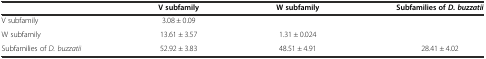
<table><thead><tr><td></td><td><b>V subfamily</b></td><td><b>W subfamily</b></td><td><b>Subfamilies of <i>D. buzzatii</i></b></td></tr></thead><tbody><tr><td>V subfamily</td><td>3.08 ± 0.09</td><td></td><td></td></tr><tr><td>W subfamily</td><td>13.61 ± 3.57</td><td>1.31 ± 0.024</td><td></td></tr><tr><td>Subfamilies of <i>D. buzzatii</i></td><td>52.92 ± 3.83</td><td>48.51 ± 4.91</td><td>28.41 ± 4.02</td></tr></tbody></table>